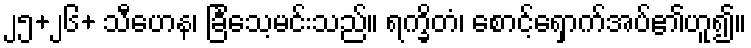
၂၅+၂၆+ သီဟေန၊ ခြင်္သေ့မင်းသည်။ ရက္ခိတံ၊ စောင့်ရှောက်အပ်၏ဟူ၍။